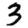
Digit: 3